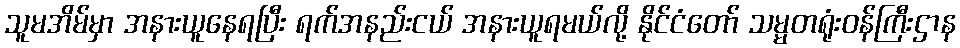
သူမအိမ်မှာ အနားယူနေရပြီး ရက်အနည်းငယ် အနားယူရမယ်လို့ နိုင်ငံတော် သမ္မတရုံးဝန်ကြီးဌာန